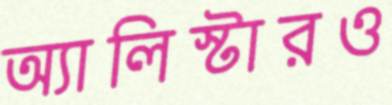
অ্যালিস্টারও